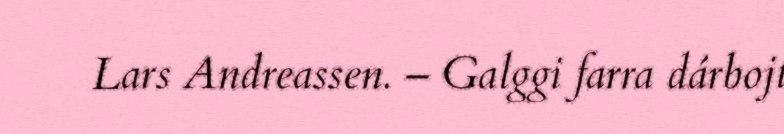
Lars Andreassen. – Galggi farra dárbojt